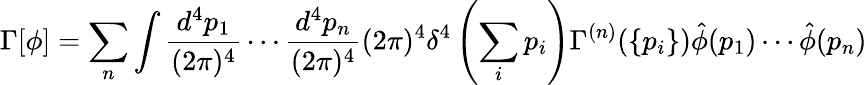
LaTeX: \Gamma[\phi]=\sum_{n}\int\frac{d^{4}p_{1}}{(2\pi)^{4}}\cdots\frac{d^{4}p_{n}}{(2\pi)^{4}}(2\pi)^{4}\delta^{4}\left(\sum_{i}p_{i}\right)\Gamma^{(n)}(\{ p_{i}\} )\hat{\phi}(p_{1})\cdots\hat{\phi}(p_{n})